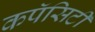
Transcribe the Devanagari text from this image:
कपॅसिटी